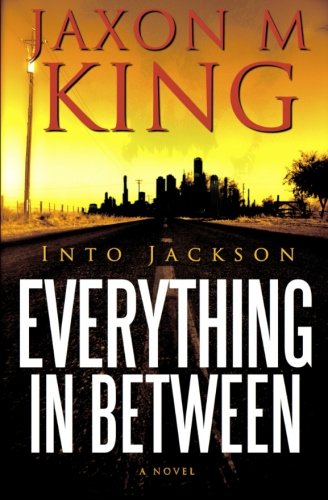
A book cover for Into Jackson: Everything In Between; Jaxon M King; Science Fiction & Fantasy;